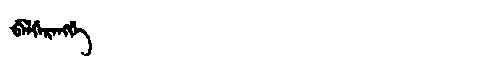
Manchu: ᠪᡝᠯᡤᡝᡵᡝᠩᡤᡝ
Romanization: BELGERENGGE